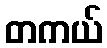
တကယ်